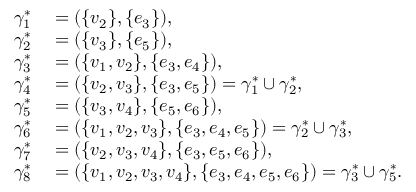
\begin{array} { r l } { \gamma _ { 1 } ^ { \ast } } & { { } = ( \{ v _ { 2 } \} , \{ e _ { 3 } \} ) , } \\ { \gamma _ { 2 } ^ { \ast } } & { { } = ( \{ v _ { 3 } \} , \{ e _ { 5 } \} ) , } \\ { \gamma _ { 3 } ^ { \ast } } & { { } = ( \{ v _ { 1 } , v _ { 2 } \} , \{ e _ { 3 } , e _ { 4 } \} ) , } \\ { \gamma _ { 4 } ^ { \ast } } & { { } = ( \{ v _ { 2 } , v _ { 3 } \} , \{ e _ { 3 } , e _ { 5 } \} ) = \gamma _ { 1 } ^ { \ast } \cup \gamma _ { 2 } ^ { \ast } , } \\ { \gamma _ { 5 } ^ { \ast } } & { { } = ( \{ v _ { 3 } , v _ { 4 } \} , \{ e _ { 5 } , e _ { 6 } \} ) , } \\ { \gamma _ { 6 } ^ { \ast } } & { { } = ( \{ v _ { 1 } , v _ { 2 } , v _ { 3 } \} , \{ e _ { 3 } , e _ { 4 } , e _ { 5 } \} ) = \gamma _ { 2 } ^ { \ast } \cup \gamma _ { 3 } ^ { \ast } , } \\ { \gamma _ { 7 } ^ { \ast } } & { { } = ( \{ v _ { 2 } , v _ { 3 } , v _ { 4 } \} , \{ e _ { 3 } , e _ { 5 } , e _ { 6 } \} ) , } \\ { \gamma _ { 8 } ^ { \ast } } & { { } = ( \{ v _ { 1 } , v _ { 2 } , v _ { 3 } , v _ { 4 } \} , \{ e _ { 3 } , e _ { 4 } , e _ { 5 } , e _ { 6 } \} ) = \gamma _ { 3 } ^ { \ast } \cup \gamma _ { 5 } ^ { \ast } . } \end{array}